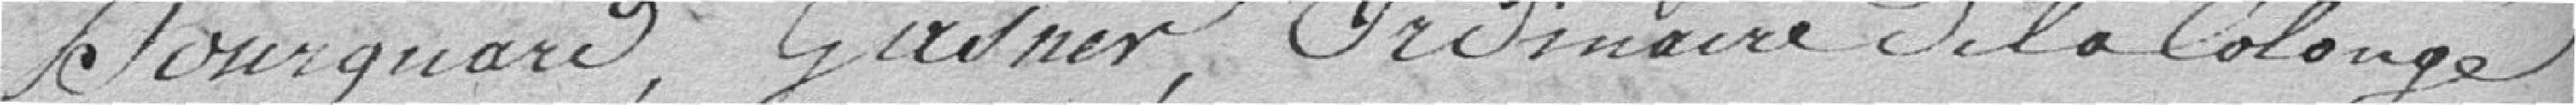
Bourquard , Gasner , Ordinaire de la Colonge